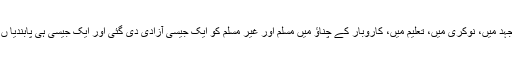
معاشی جدوجہد میں، نوکری میں، تعلیم میں، کاروبار کے چناؤ میں مسلم اور غیر مسلم کو ایک جیسی آزادی دی گئی اور ایک جیسی ہی پابندیا ں لگائی گئیں۔